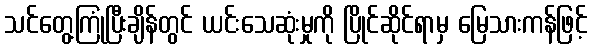
သင်တွေ့ကြုံပြီးချိန်တွင် ယင်းသေဆုံးမှုကို ပြိုင်ဆိုင်ရာမှ မြေသားကန်ဖြင့်